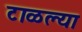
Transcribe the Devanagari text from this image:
टाळल्या